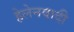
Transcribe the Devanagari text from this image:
हेलेनवादी